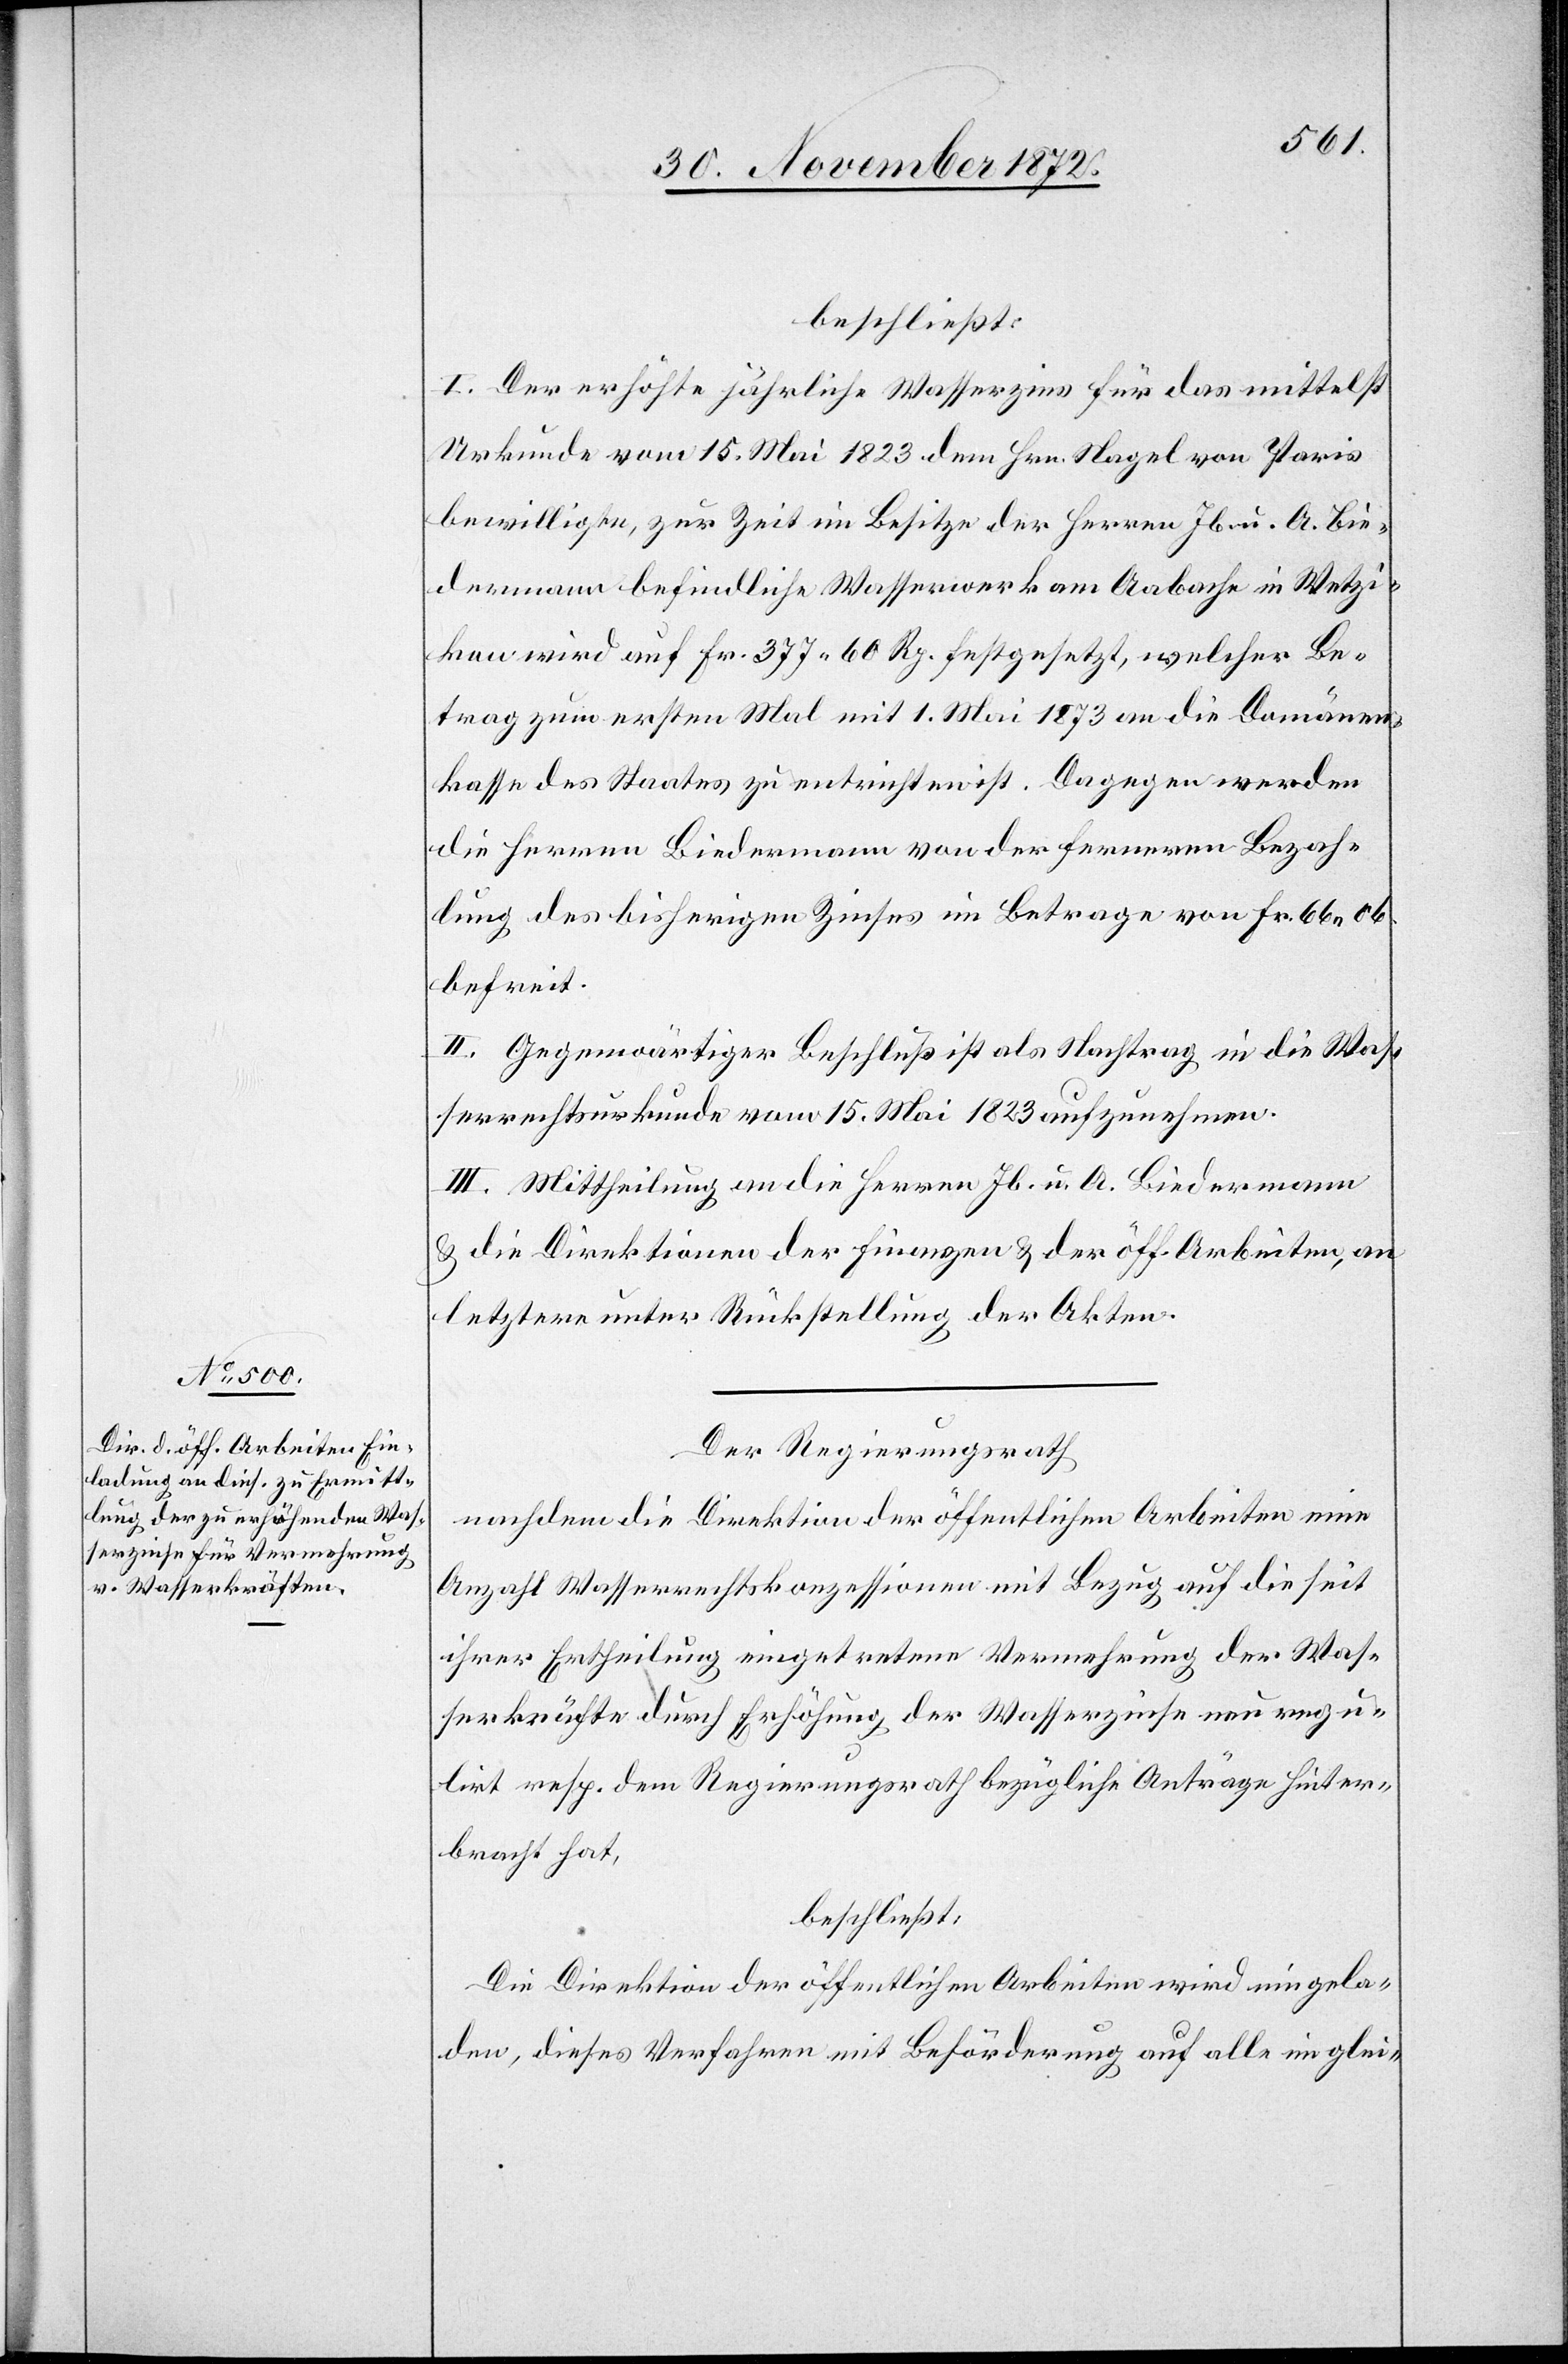
beschließt:
I. Der erhöhte jährliche Wasserzins für das mittelst
Urkunde vom 15. Mai 1823 dem Hrn. Nagel von Paris
bewilligte, zur Zeit im Besitze der Herren Jb. u. A. Bie¬
dermann befindliche Wasserwerk am Aabache in Wetzi¬
kon wird auf Fr. 377 60 Rp. festgesetzt, welcher Be¬
trag zum ersten Mal mit 1. Mai 1873 an die Domänen¬
kasse des Staates zu entrichten ist. Dagegen werden
die Herren Biedermann von der ferneren Bezah¬
lung des bisherigen Zinses im Betrage von Fr. 66 06
befreit.
II. Gegenwärtiger Beschluß ist als Nachtrag in die Was¬
serrechtsurkunde vom 15. Mai 1823 aufzunehmen.
III. Mittheilung an die Herren Jb. u. A. Biedermann
u. die Direktionen der Finanzen u. der öffentlichen Arbeiten, an
letztere unter Rückstellung der Akten.
Der Regierungsrath
nachdem die Direktion der öffentlichen Arbeiten eine
Anzahl Wasserrechtskonzessionen mit Bezug auf die seit
ihrer Ertheilung eingetretene Vermehrung der Was¬
serkräfte durch Erhöhung der Wasserzinse neu regu¬
lirt resp. dem Regierungsrath bezügliche Anträge hinter¬
bracht hat,
beschließt:
Die Direktion der öffentlichen Arbeiten wird eingela¬
den, dieses Verfahren mit Beförderung auf alle im glei-